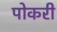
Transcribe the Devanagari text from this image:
पोकरी